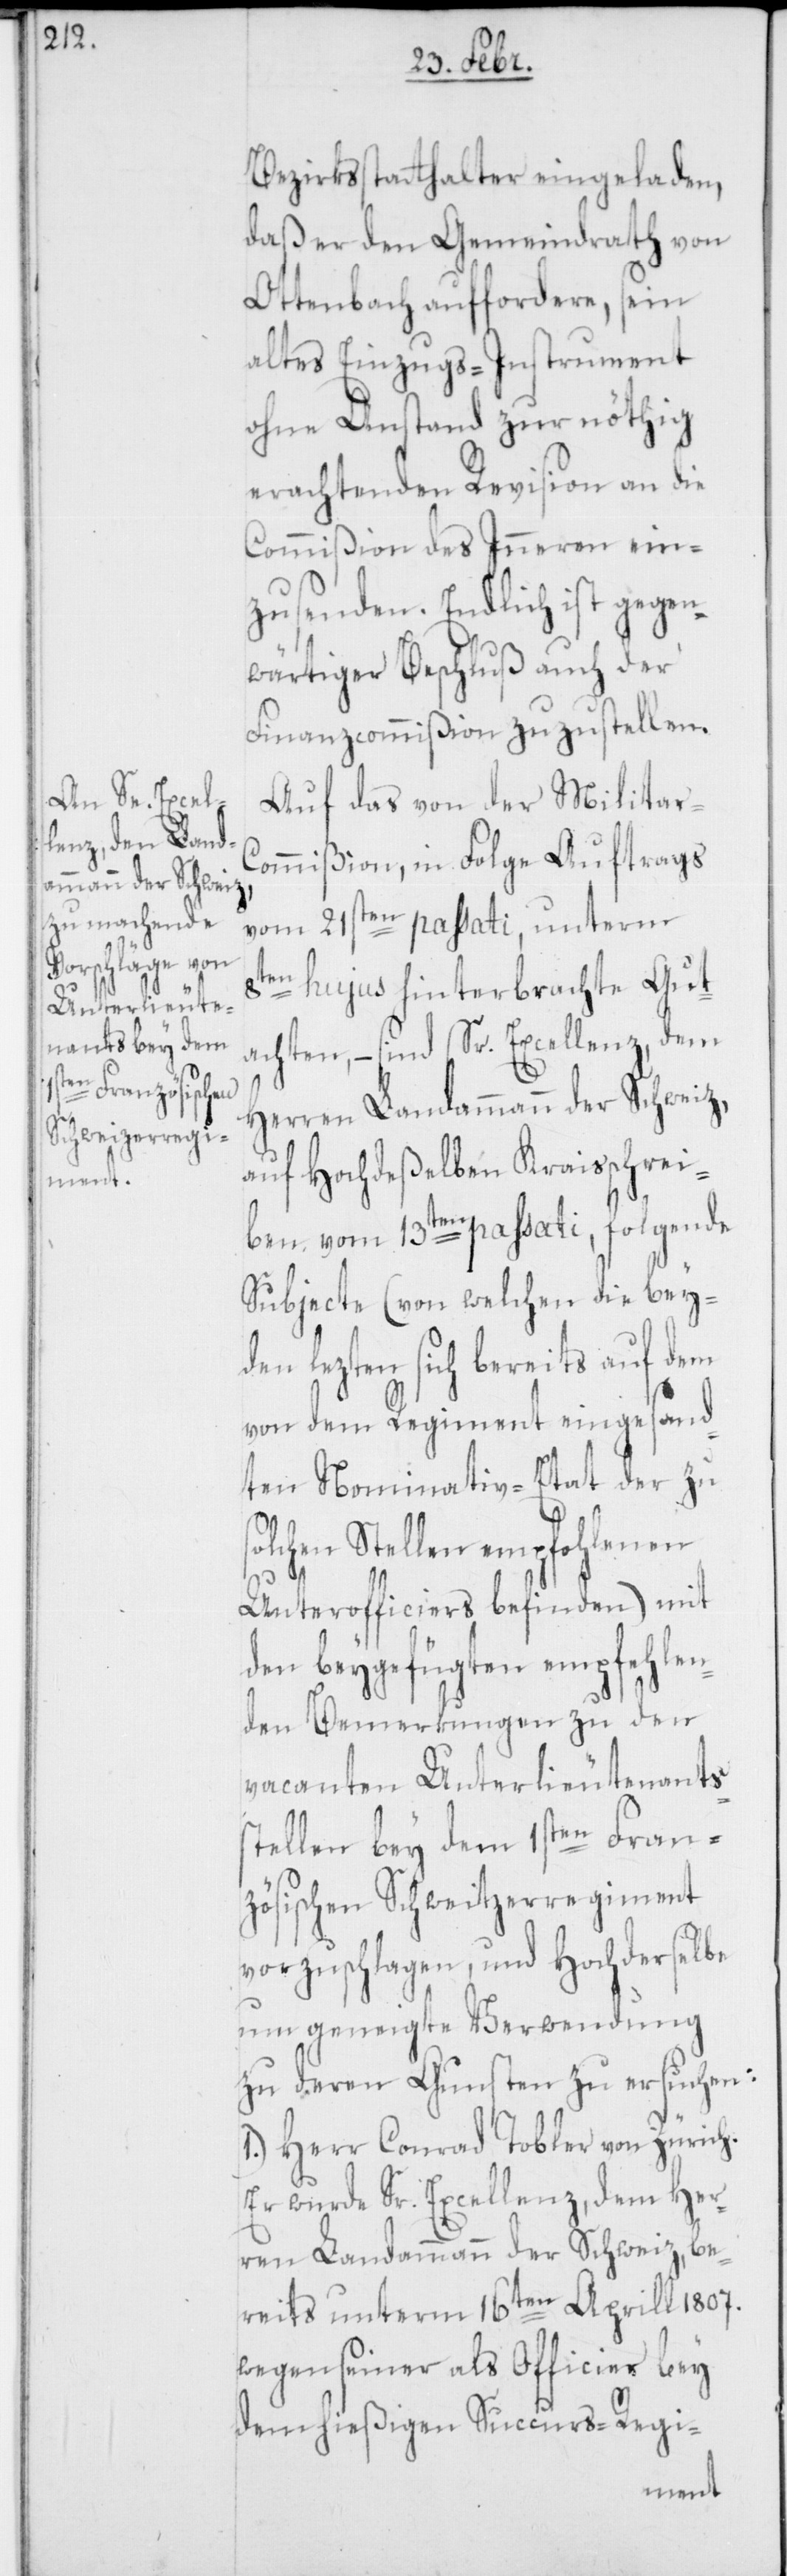
Bezirksstatthalter eingeladen,
daß er den Gemeindrath von
Ottenbach auffordere, sein
altes Einzugs-Instrument
ohne Anstand zur nöthig
erachtenden Revision an die
Commißion des Inneren ein¬
zusenden. Endlich ist gegen¬
wärtiger Beschluß auch der
Finanzcommißion zuzustellen.
Auf das von der Militar-C¬
ommißion, in Folge Auftrags
vom 21sten passati, unterm
8ten hujus hinterbrachte Gut¬
achten, – sind Sr. Excellenz, dem
Herren Landammann der Schweiz,
auf hochdeßelben Kraisschrei¬
ben vom 13ten passati, folgende
Subjecte (von welchen die bey¬
lezten sich bereits auf
von dem Regiment eingesand¬
ten Nominativ-Etat der zu
solchen Stellen empfohlenen
Unterofficiers befinden) mit
den beygefügten empfehlen¬
den Bemerkungen zu den
vacanten Unterlieutenantss¬
tellen bey dem 1sten Fran¬
zösischen Schweitzerregiment
vorzuschlagen, und hochderselbe
um geneigte Verwendung
zu deren Gunsten zu ersuchen:
1.) Herr Conrad Tobler von Zürich.
Er wurde Sr. Excellenz, dem Her¬
ren Landammann der Schweiz, be¬
reits unterm 16ten Aprill 1807.
wegen seiner als Offizier bey
dem hießigen Succurs-Regi-
den